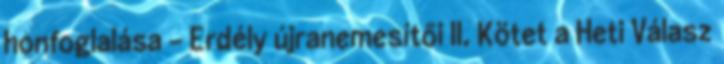
honfoglalása – Erdély újranemesítői II. Kötet a Heti Válasz